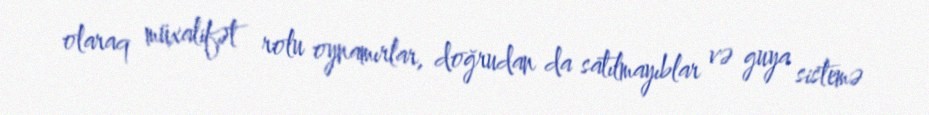
olaraq müxalifət rolu oynamırlar, doğrudan da satılmayıblar və guya sistemə